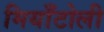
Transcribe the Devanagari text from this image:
मियाँटोली